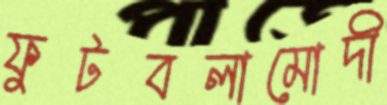
ফুটবলামোদী